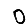
Digit: 0